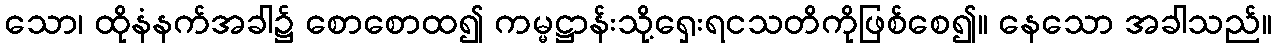
သော၊ ထိုနံနက်အခါ၌ စောစောထ၍ ကမ္မဋ္ဌာန်းသို့ရှေးရငသတိကိုဖြစ်စေ၍။ နေသော အခါသည်။